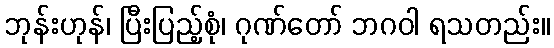
ဘုန်းဟုန်၊ ပြီးပြည့်စုံ၊ ဂုဏ်တော် ဘဂဝါ ရသတည်း။